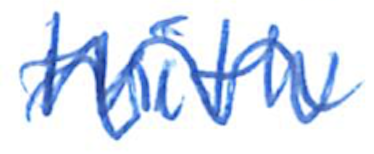
Text: with
Cross-out: wave
Writing tool: ballpoint